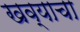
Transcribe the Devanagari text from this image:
खव्याचा